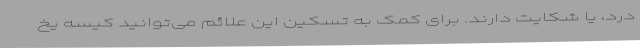
درد، یا شکایت دارند. برای کمک به تسکین این علائم می‌توانید کیسه یخ